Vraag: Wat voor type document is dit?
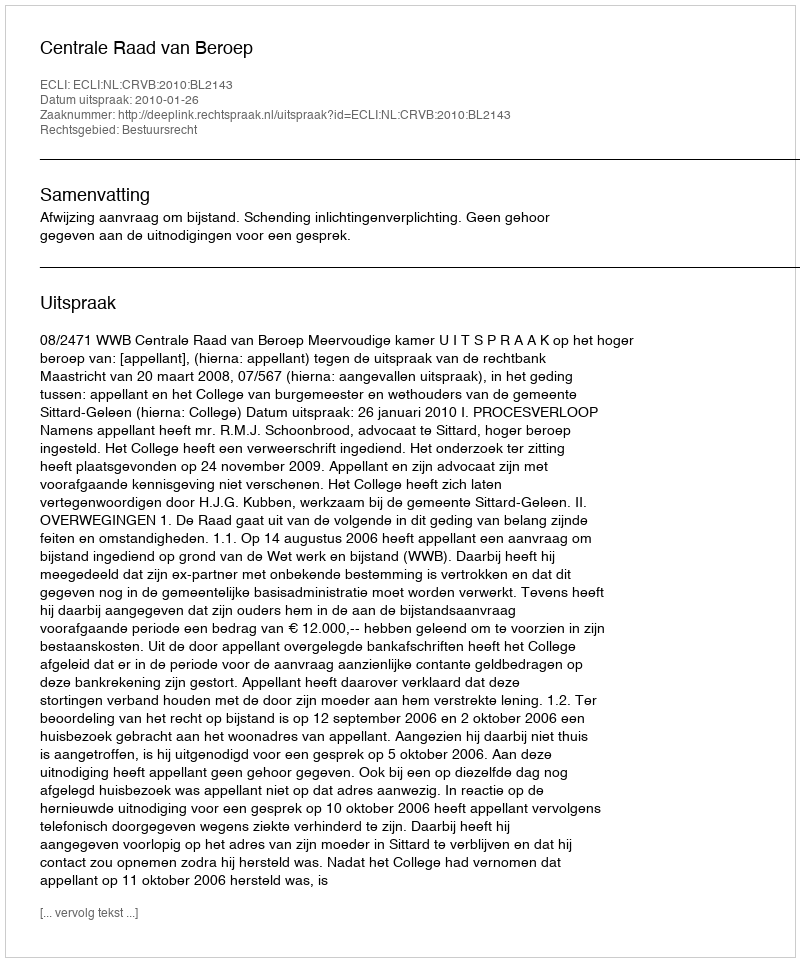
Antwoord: Uitspraak